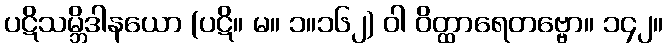
ပဋိသမ္ဘိဒါနယော (ပဋိ။ မ။ ၁။၁၆၂) ဝါ ဝိတ္ထာရေတဗ္ဗော။ ၁၄၂။